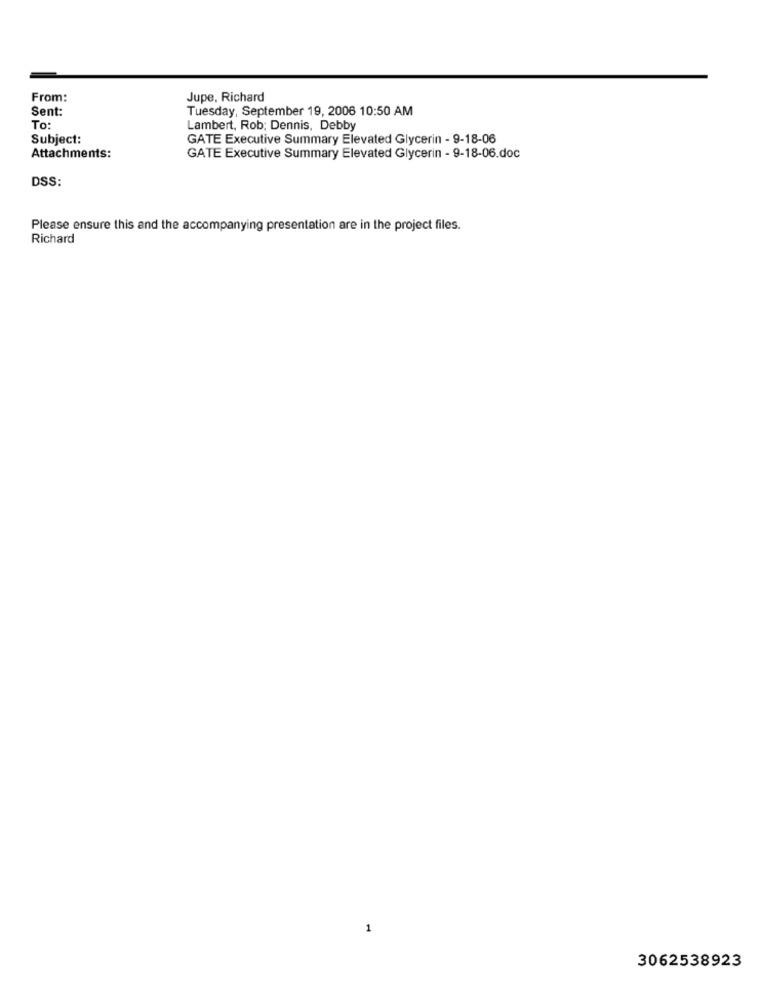
From:
Jupe, Richard
Sent:
Tuesday, September 19, 2006 10:50 AM
To:
Lambert, Rob; Dennis, Debby
Subject:
GATE Executive Summary Elevated Glycerin - 9-18-06
Attachments:
GATE Executive Summary Elevated Glycerin - 9-18-06.doc
DSS:
Please ensure this and the accompanying presentation are in the project files.
Richard
1
3062538923